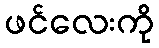
ဖင်လေးကို